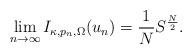
LaTeX: \begin{align*}\lim_{n \to \infty} I_{\kappa, p_n, \Omega} (u_n) = \frac{1}{N}S^{\frac{N}{2}}.\end{align*}